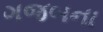
ગજબના